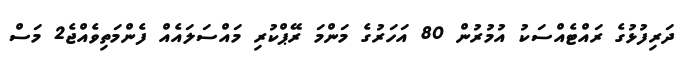
ދަރިފުޅުގެ ރައްޓެއްސަކު އުމުރުން 80 އަހަރުގެ މަންމަ ރޭޕްކުރި މައްސަލައެއް ފެންމަތިވެއްޖެ2 މަސް